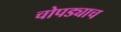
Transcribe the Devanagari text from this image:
चोपड्याच